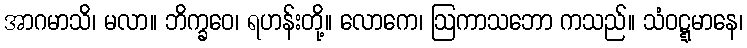
အာဂမာသိ၊ မလာ။ ဘိက္ခဝေ၊ ရဟန်းတို့။ လောကေ၊ ဩကာသဘော ကသည်။ သံဝဋ္ဋမာနေ၊